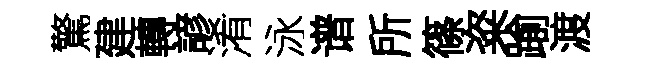
驚建轉諺淆泳谱所篠粢踰渡